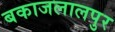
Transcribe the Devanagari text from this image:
बकाजलालपुर